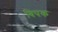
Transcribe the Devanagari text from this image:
विपक